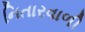
નિતારવાળી